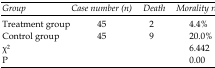
<table><thead><tr><td><b>Group</b></td><td><b>Case number (n)</b></td><td><b>Death</b></td><td><b>Morality rate</b></td></tr></thead><tbody><tr><td>Treatment group</td><td>45</td><td>2</td><td>4.4%</td></tr><tr><td>Control group</td><td>45</td><td>9</td><td>20.0%</td></tr><tr><td>χ2</td><td></td><td></td><td>6.442</td></tr><tr><td>P</td><td></td><td></td><td>0.00</td></tr></tbody></table>